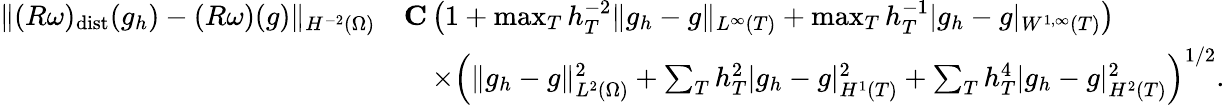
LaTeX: \begin{array}{rl}{\| (R\omega)_{\mathrm{dist}}(g_{h})-(R\omega)(g)\| _{H^{-2}(\Omega)}}&{\le C\left(1+\operatorname*{max}_{T}h_{T}^{-2}\| g_{h}-g\| _{L^{\infty}(T)}+\operatorname*{max}_{T}h_{T}^{-1}|g_{h}-g|_{W^{1,\infty}(T)}\right)}\\ &{\quad\times\left(\| g_{h}-g\| _{L^{2}(\Omega)}^{2}+\sum_{T}h_{T}^{2}|g_{h}-g|_{H^{1}(T)}^{2}+\sum_{T}h_{T}^{4}|g_{h}-g|_{H^{2}(T)}^{2}\right)^{1/2}.}\end{array}